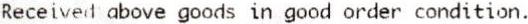
RECEIVED ABOVE GOODS IN GOOD ORDER CONDITION.